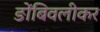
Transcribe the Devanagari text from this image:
ङोंबिवलीकर